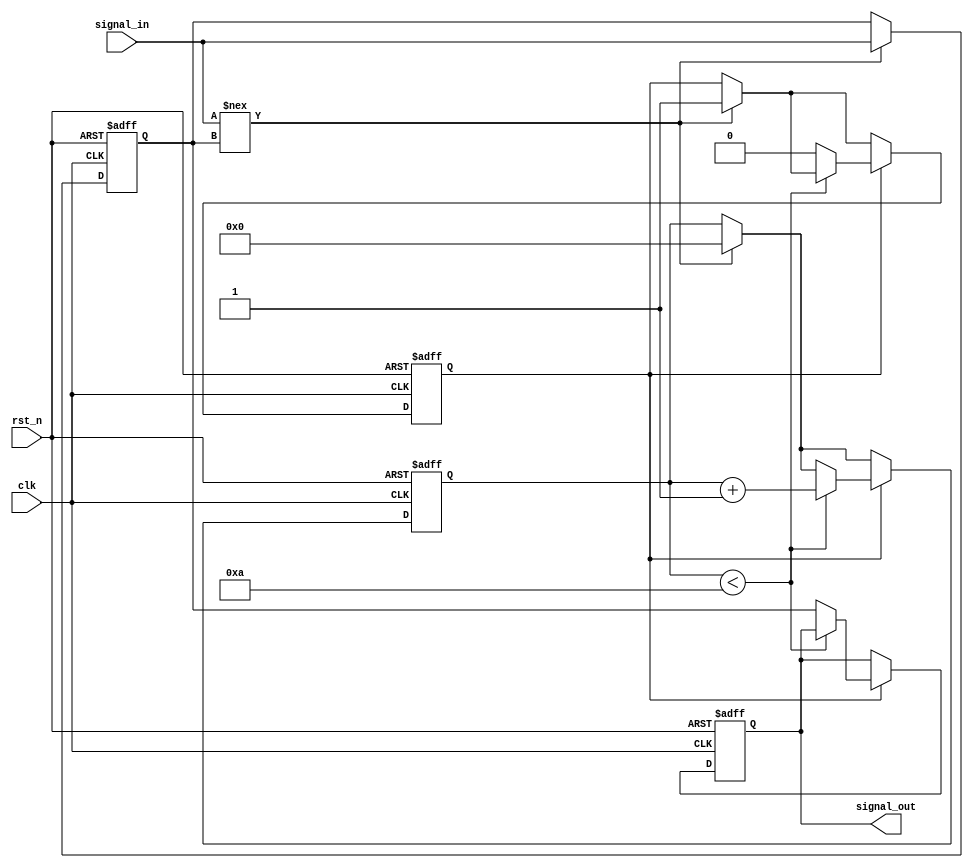
module Delay #(
    parameter DELAY_TIME = 10 // Default delay time in time units (e.g., nanoseconds)
)(
    input wire clk,             // Clock signal for triggering
    input wire rst_n,           // Active low reset
    input wire signal_in,       // Input signal to be delayed
    output reg signal_out       // Output signal that reflects the delayed input
);

// Internal signal to hold the input state temporarily
reg signal_temp;
reg [31:0] counter; // Counter for delay simulation
reg delay_active;   // Flag to indicate if delay is active

always @(posedge clk or negedge rst_n) begin
    if (!rst_n) begin
        signal_out <= 0;            // Reset output
        signal_temp <= 0;           // Reset temporary signal
        counter <= 0;               // Reset counter
        delay_active <= 0;          // Reset delay flag
    end else begin
        if (signal_in !== signal_temp) begin // Detect change in input signal
            signal_temp <= signal_in;
            counter <= 0;         // Reset the counter on input change
            delay_active <= 1;    // Mark delay is active
        end
        
        if (delay_active) begin
            if (counter < DELAY_TIME) begin
                counter <= counter + 1; // Increment the counter until reaching the delay time
            end else begin
                signal_out <= signal_temp; // Output the delayed input signal
                delay_active <= 0;          // Delay complete, clear active flag
            end
        end
    end
end

endmodule